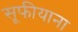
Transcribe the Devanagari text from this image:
सूफीयाना